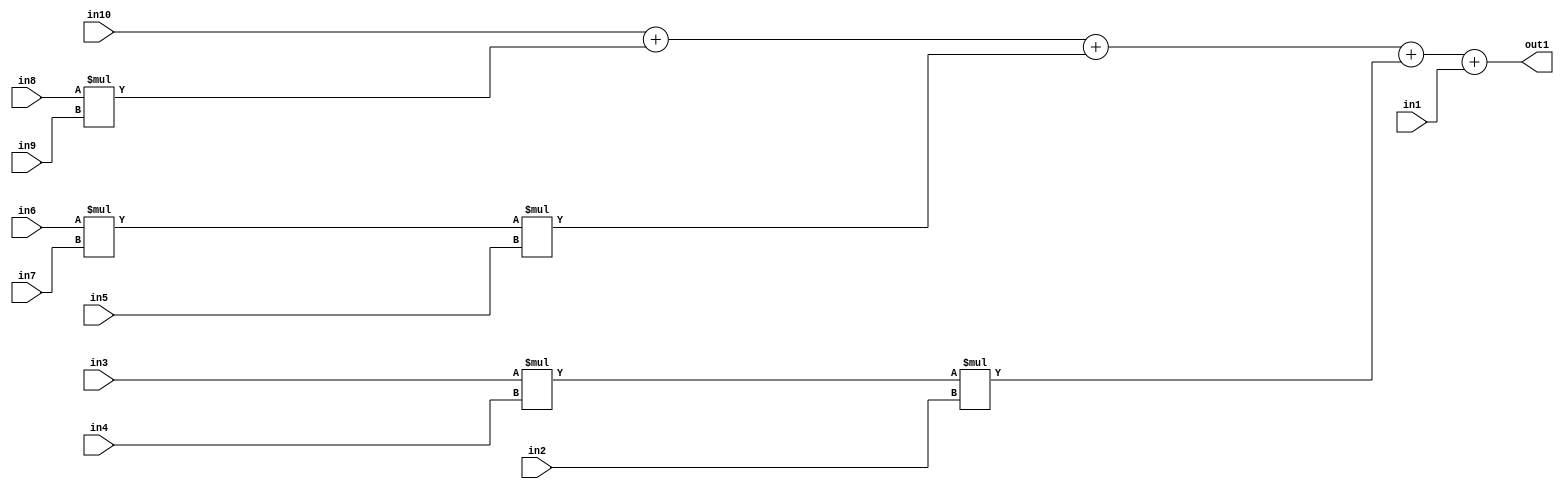
`timescale 1ps / 1ps
/*****************************************************************************
    Verilog RTL Description
    
    
    Created by: Stratus DpOpt 2019.1.01 
*******************************************************************************/

module st_weight_addr_gen_Add5u32Mul3u16u16u16Mul3u16u16u16Mul2u16u16u16_4_1 (
	in10,
	in9,
	in8,
	in7,
	in6,
	in5,
	in4,
	in3,
	in2,
	in1,
	out1
	); /* architecture "behavioural" */ 
input [15:0] in10,
	in9,
	in8,
	in7,
	in6,
	in5,
	in4,
	in3,
	in2;
input [31:0] in1;
output [31:0] out1;
wire [31:0] asc001,
	asc002,
	asc003;

assign asc002 = 
	+(in6 * in7);

assign asc003 = 
	+(in3 * in4);

wire [31:0] asc001_tmp_0;
wire [31:0] asc001_tmp_1;
wire [31:0] asc001_tmp_2;
wire [31:0] asc001_tmp_3;
assign asc001_tmp_3 = 
	+(in10);
assign asc001_tmp_2 = asc001_tmp_3
	+(in8 * in9);
assign asc001_tmp_1 = asc001_tmp_2
	+(asc002 * in5);
assign asc001_tmp_0 = asc001_tmp_1
	+(asc003 * in2);
assign asc001 = asc001_tmp_0
	+(in1);

assign out1 = asc001;
endmodule

/* CADENCE  vLXzQgE= : u9/ySgnWtBlWxVPRXgAZ4Og= ** DO NOT EDIT THIS LINE ******/